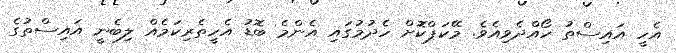
އެހީ އައިސްތު ހޯއްދެވިއެވެ. މޭކަޕްކޮށް ހެދުމުގައި އެންމެ ބޮޑު އެހީތެރިކަމެއް ލިބެނީ އައިސްތުގެ